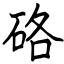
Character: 硌